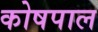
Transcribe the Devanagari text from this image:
कोषपाल